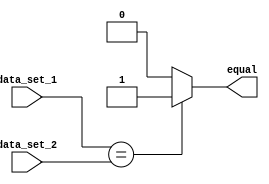
module arithmetic_blocks_equality_comparator (
    input [7:0] data_set_1,
    input [7:0] data_set_2,
    output reg equal
);

always @(*) begin
    if (data_set_1 == data_set_2) begin
        equal = 1'b1;
    end else begin
        equal = 1'b0;
    end
end

endmodule